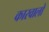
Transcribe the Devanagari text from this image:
कारवालो